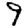
Digit: 9